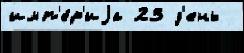
имп'е́р'иjа 23 д'ень